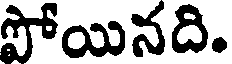
పోయినది.